Lunatic asylums Punjab 1911-1921 - 1911-1921
Year: 1911
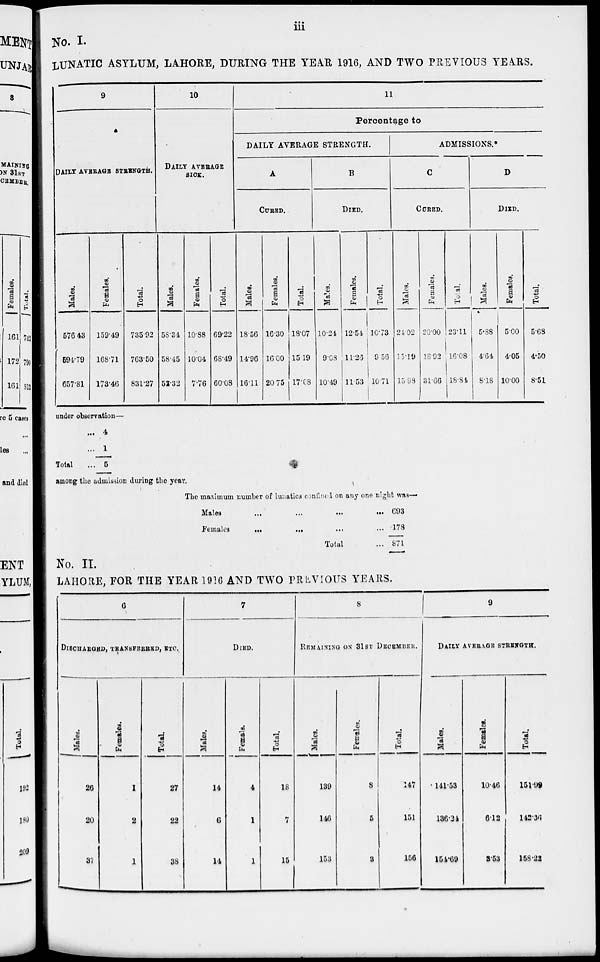
iii
No. I.
LUNATIC ASYLUM, LAHORE, DURING THE YEAR 1916, AND TWO PREVIOUS YEARS.
9
DAILY AVERAGE STRENGTH.
Males.
576.43
594.79
657.81
Females.
159.49
168.71
173.46
Total.
735.92
763.50
831.27
10
DAILY AVERAGE
SICK.
Males.
58.34
58.45
52.32
Females.
10.88
10.04
7.76
Total.
69.22
68.49
60.08
11
Percentage to
DAILY AVERAGE STRENGTH.
A
CURED.
Males.
18.56
14.96
16.11
Females.
16.30
16.00
20.75
Total.
18.07
15.19
17.08
B
DIED.
Males.
10.24
9.08
10.49
Females.
12.54
11.26
11.53
Total.
10.73
9. 56
10.71
ADMISSIONS.*
C
CURED.
Males.
24.02
15.19
15.98
Females.
20.00
18.92
31.66
Total.
23.11
16.08
18.84
D
DIED.
Males.
5.88
4.64
8.18
Females.
5.00
4.05
10.00
Total.
5.68
4.50
8.51
under observation
...
...
Total...
4
1
5
among the admission during the year.
The maximum number of lunatics confined on any one night was.—
Males
...
...
...
...
Females
...
... ... ...
Total ...
693
178
871
No. II.
LAHORE, FOR THE YEAR 1916 AND TWO PREVIOUS YEARS.
6
DISCHARGED, TRANSFERRED, ETC.
Males.
26
20
37
Females.
1
2
1
Total
27
22
38
7
DIED.
Males.
14
6
14
Female.
4
1
1
Total.
18
7
15
8
REMAINING ON 31ST DECEMBER.
Males.
139
146
153
Females.
8
5
3
Total.
147
151
156
9
DAILY AVERAGE STRENGTH.
Males.
141.53
136.24
154.69
Females.
10.46
6.12
3.53
Total.
151.99
142.36
158.22